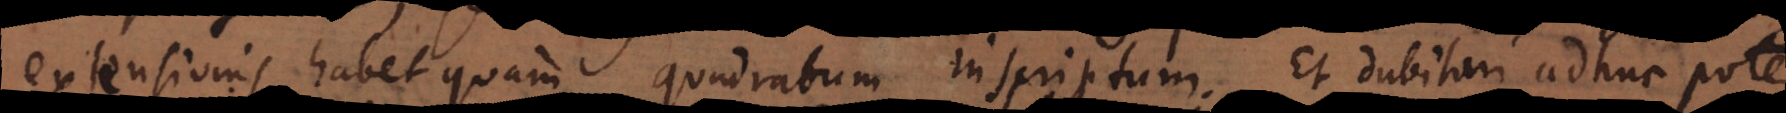
extensionis habet quam quadratum inscriptum. Et dubitari adhuc potest